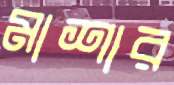
মাশার